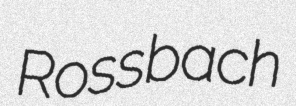
Rossbach